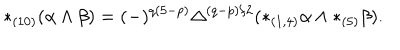
* _ { ( 1 0 ) } ( \alpha \wedge \beta ) = ( - ) ^ { q ( 5 - p ) } \Delta ^ { ( q - p ) / 2 } ( * _ { ( 1 , 4 ) } \alpha \wedge * _ { ( 5 ) } \beta ) .